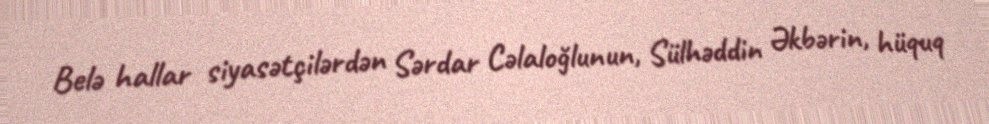
Belə hallar siyasətçilərdən Sərdar Cəlaloğlunun, Sülhəddin Əkbərin, hüquq